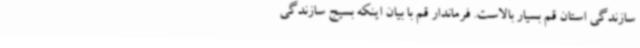
سازندگی استان قم بسیار بالاست. فرماندار قم با بیان اینکه بسیج سازندگی